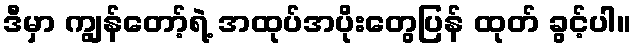
ဒီမှာ ကျွန်တော့်ရဲ့ အထုပ်အပိုးတွေပြန် ထုတ် ခွင့်ပါ။